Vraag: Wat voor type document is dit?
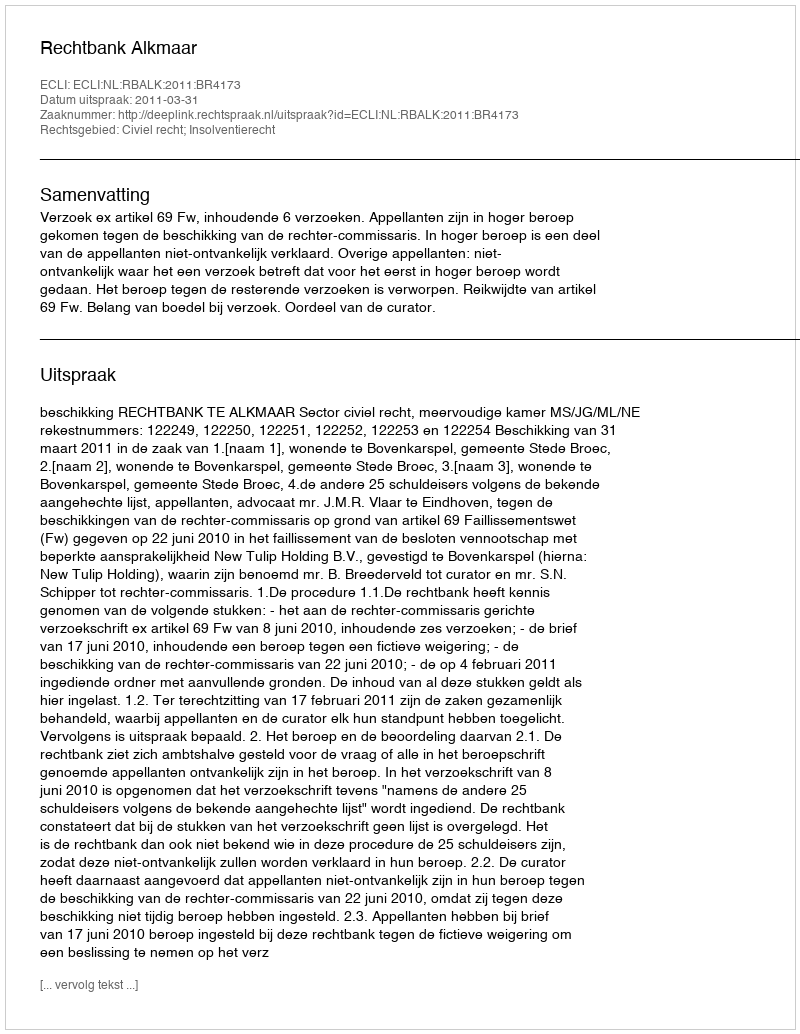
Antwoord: Uitspraak